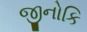
જીનોકિ